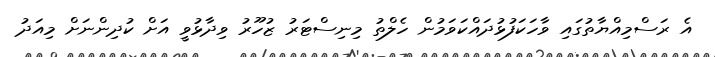
އެ ރަސްމިއްޔާތުގައި ވާހަކަފުޅުދައްކަވަމުން ހެލްތު މިނިސްޓަރު ޒުހޫރު ވިދާޅުވީ އަށް ކުދިންނަށް މިއަދު